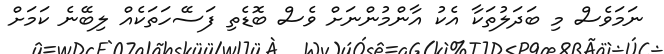
ނަމަވެސް މި ބަދަލުތަކާ އެކު އާންމުންނަށް ވެސް ބޮޑެތި ފަސޭހަތަކެއް ލިބޭނެ ކަމަށް